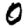
Digit: 0